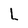
Character: L